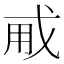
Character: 𢦨